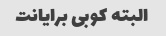
البته کوبی برایانت